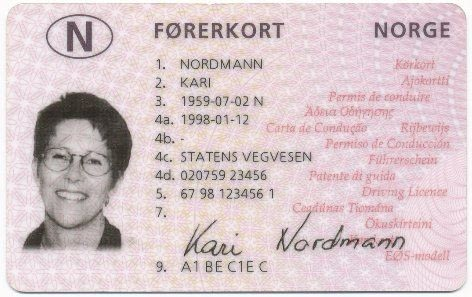
Language: no